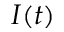
I ( t )